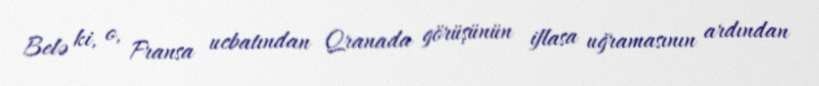
Belə ki, o, Fransa ucbatından Qranada görüşünün iflasa uğramasının ardından